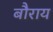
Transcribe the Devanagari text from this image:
बौराय